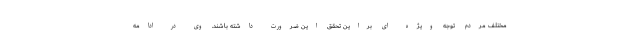
مختلف مردم توجه ویژه ای براین تحقق این ضرورت داشته باشند. وی در ادامه